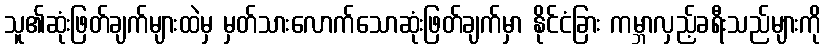
သူ၏ဆုံးဖြတ်ချက်များထဲမှ မှတ်သားလောက်သောဆုံးဖြတ်ချက်မှာ နိုင်ငံခြား ကမ္ဘာလှည့်ခရီးသည်များကို